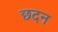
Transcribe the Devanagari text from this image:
छदन